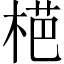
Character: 𱣪